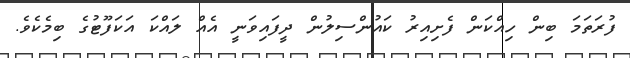
ފުރަތަމަ ބިން ހިއްކަން ފެށިއިރު ކައުންސިލުން ދީފައިވަނީ އެއް ލައްކަ އަކަފޫޓުގެ ބިމެކެވެ.